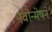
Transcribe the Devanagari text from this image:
नवोन्मेषने